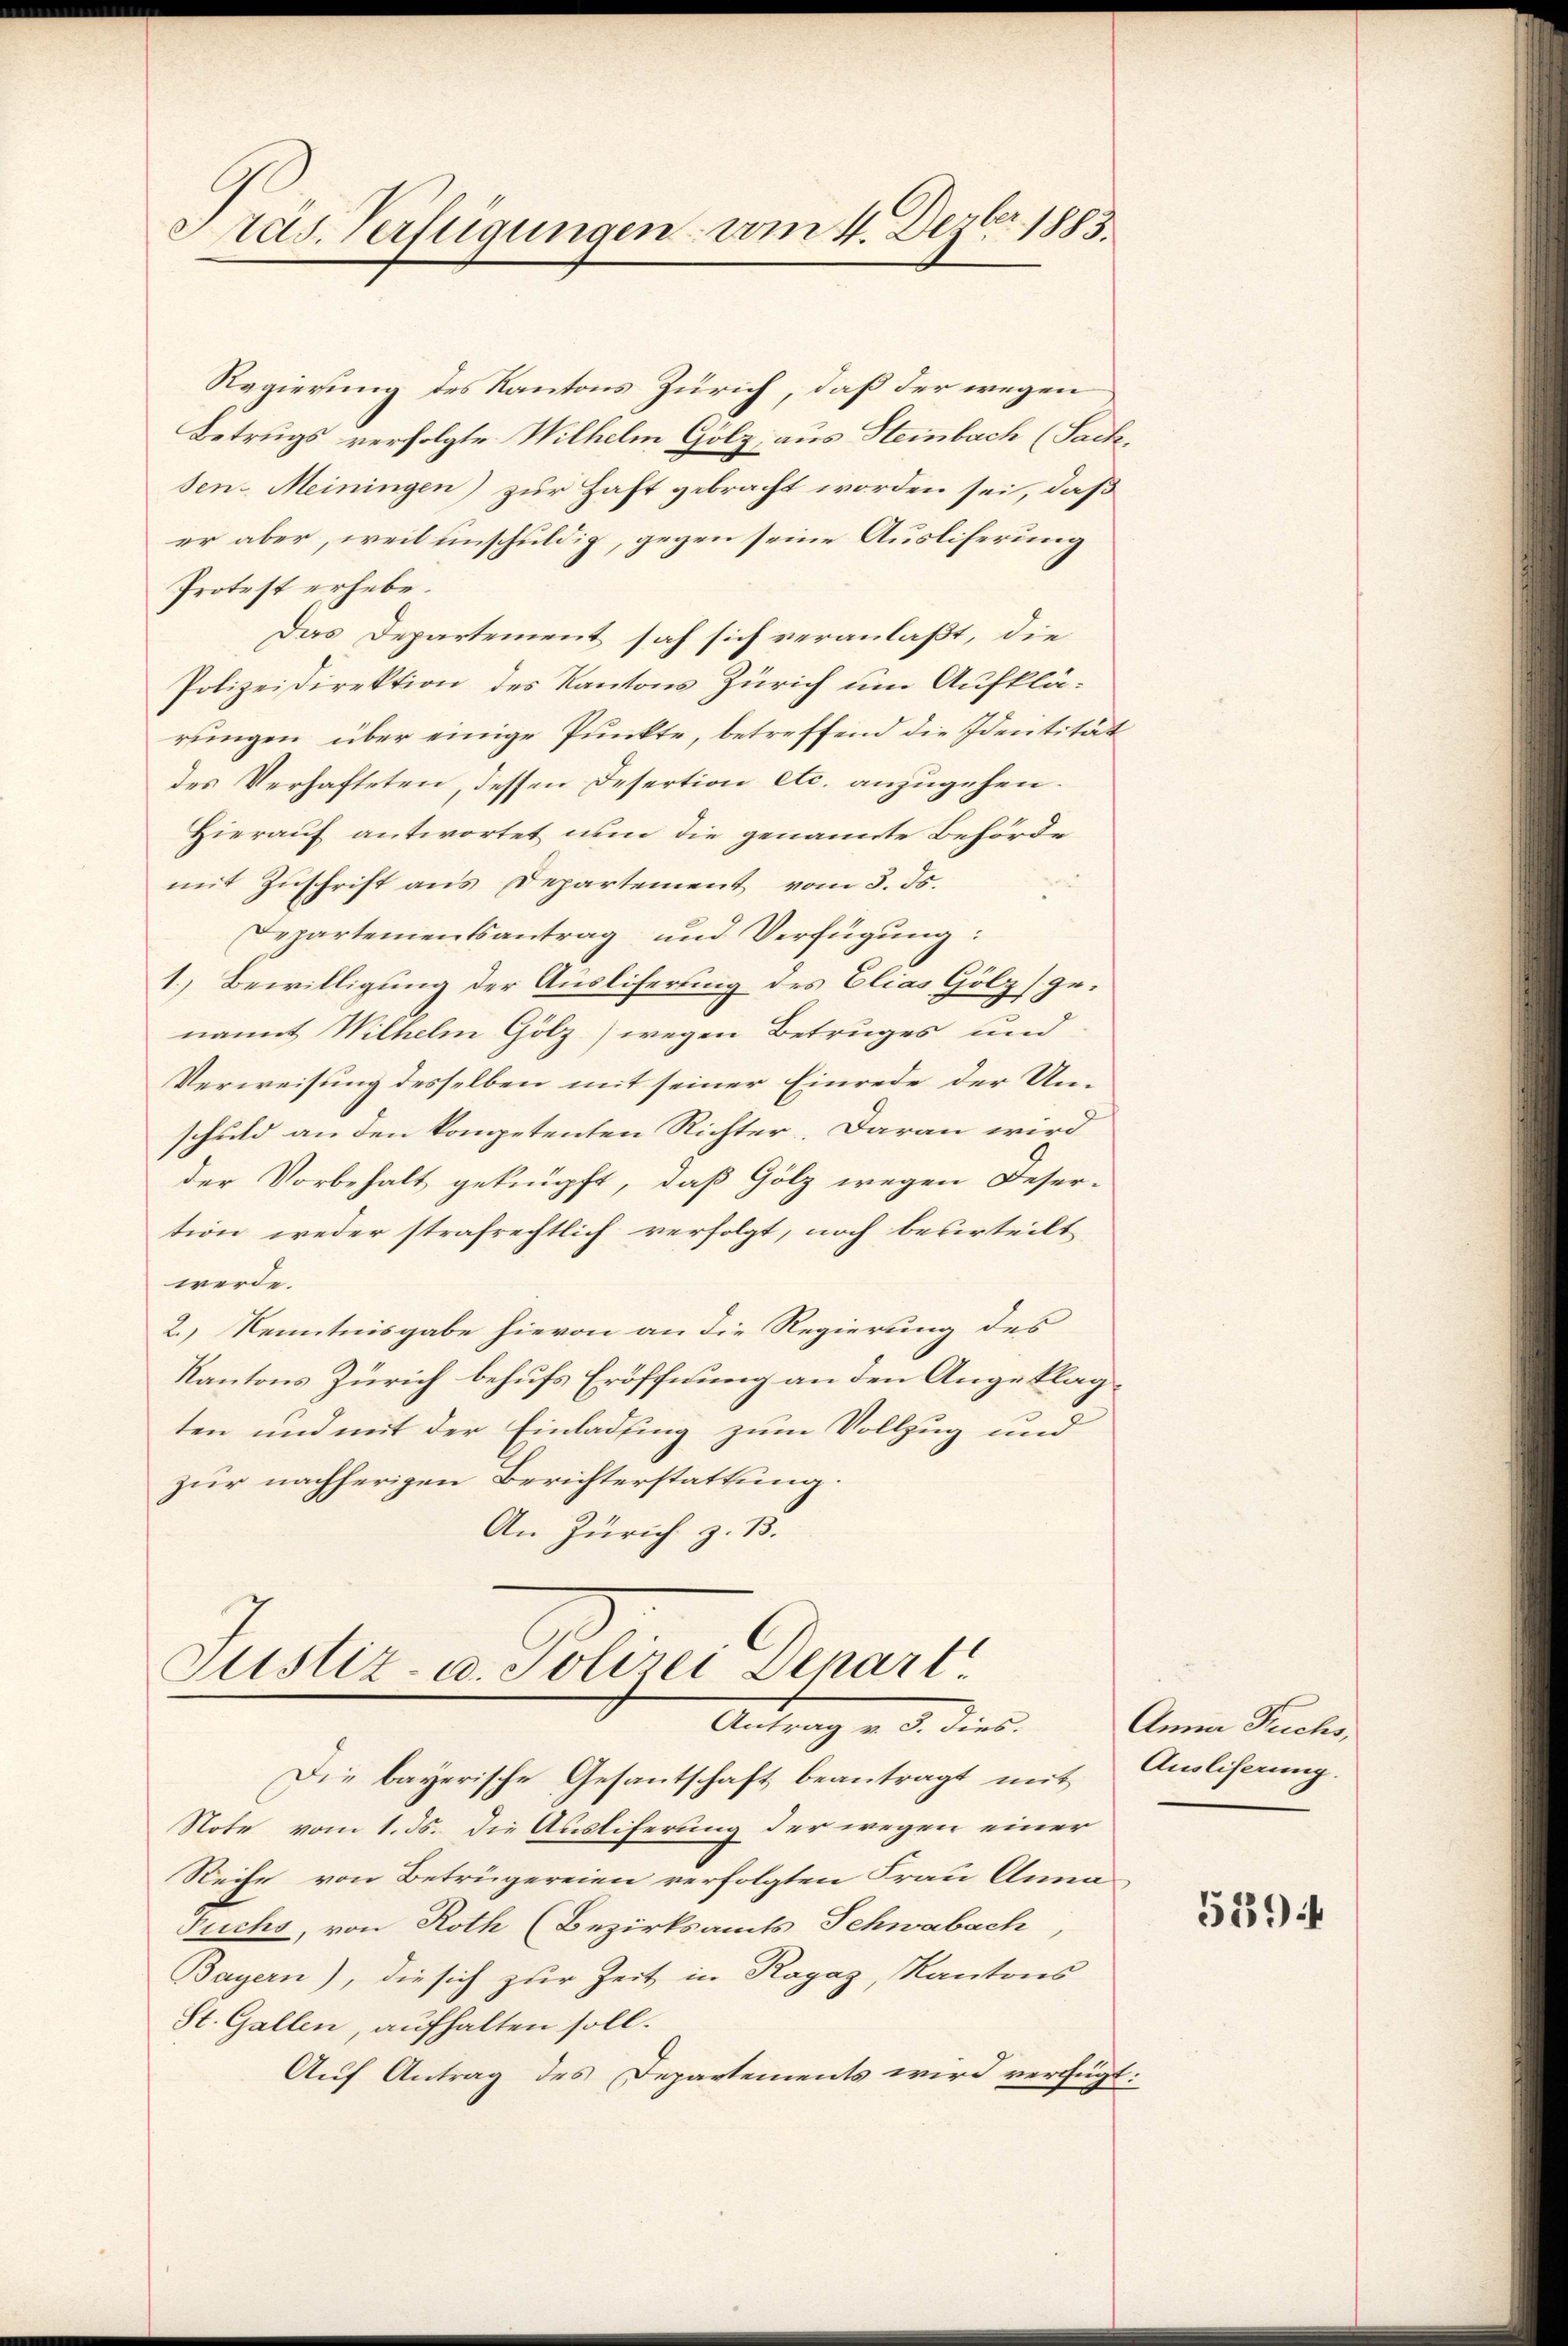
Präs. Verfügungen vom 4. Dezbr. 1883.

Regierung des Kantons Zürich, daß der wegen
Betrugs verfolgte Wilhelm Gölz, aus Steinbach (Sachsen. Meiningen) zur Haft gebracht worden sei, daß
er aber, weil unschuldig, gegen seine Ausliferung
Protest erhebe.
Das Departement sah sich veranlaßt, die
Polizeidirektion des Kantons Zürich um Aufklärungen über einige Punkte, betreffend die Identität
des Verhafteten, dessen Desertion etc. anzugehen.
Hierauf antwortet nun die genannte Behörde
mit Zuschrift aus Departement vom 3. ds.
Departementsantrag und Verfügung:
1) Bewilligung der Ausliferung des Elias Gölz genannt Wilhelm Gölz wegen Betruges und
Verweisung desselben mit seiner Einrede der Unschuld an den kompetenten Richter. Daran wird
der Vorbehalt geknüpft, daß Gölz wegen Deser-
tion weder strafrechtlich verfolgt, noch beserteilt
werde.
2.) Kenntnisgabe hievon an die Regierung des
Kantons Zürich behufs Eröffnung an den Angeklagten und mit der Einladung zum Vollzug und
zur nachherigen Berichterstattung.
An Zürich z. B.

Justiz- u. Polizei denart
Antrag v. 3. dies.
Die bayerische Gesantschaft beantragt mit Ausliserung.

Note vom 1. ds. die Ausliferung der wegen einer
Reihe von Betrügereien verfolgten Frau Anna
Fuchs, von Roth (Bezirksamts Schwabach,
Bayern), die sich zur Zeit in Ragaz, Kantons
St. Gallen, aufhalten soll.
Auf Antrag des Departements wird verfügt:

Anna Fuchs,

539